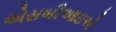
એસબીઆઇએ